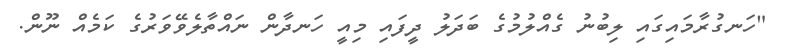
"ހަނގުރާމައިގައި ލިބުނު ގެއްލުމުގެ ބަދަލު ދީފައި މިއީ ހަނދާން ނައްތާލެވޭވަރުގެ ކަމެއް ނޫން.